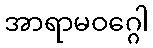
အာရာမဝဂ္ဂေါ